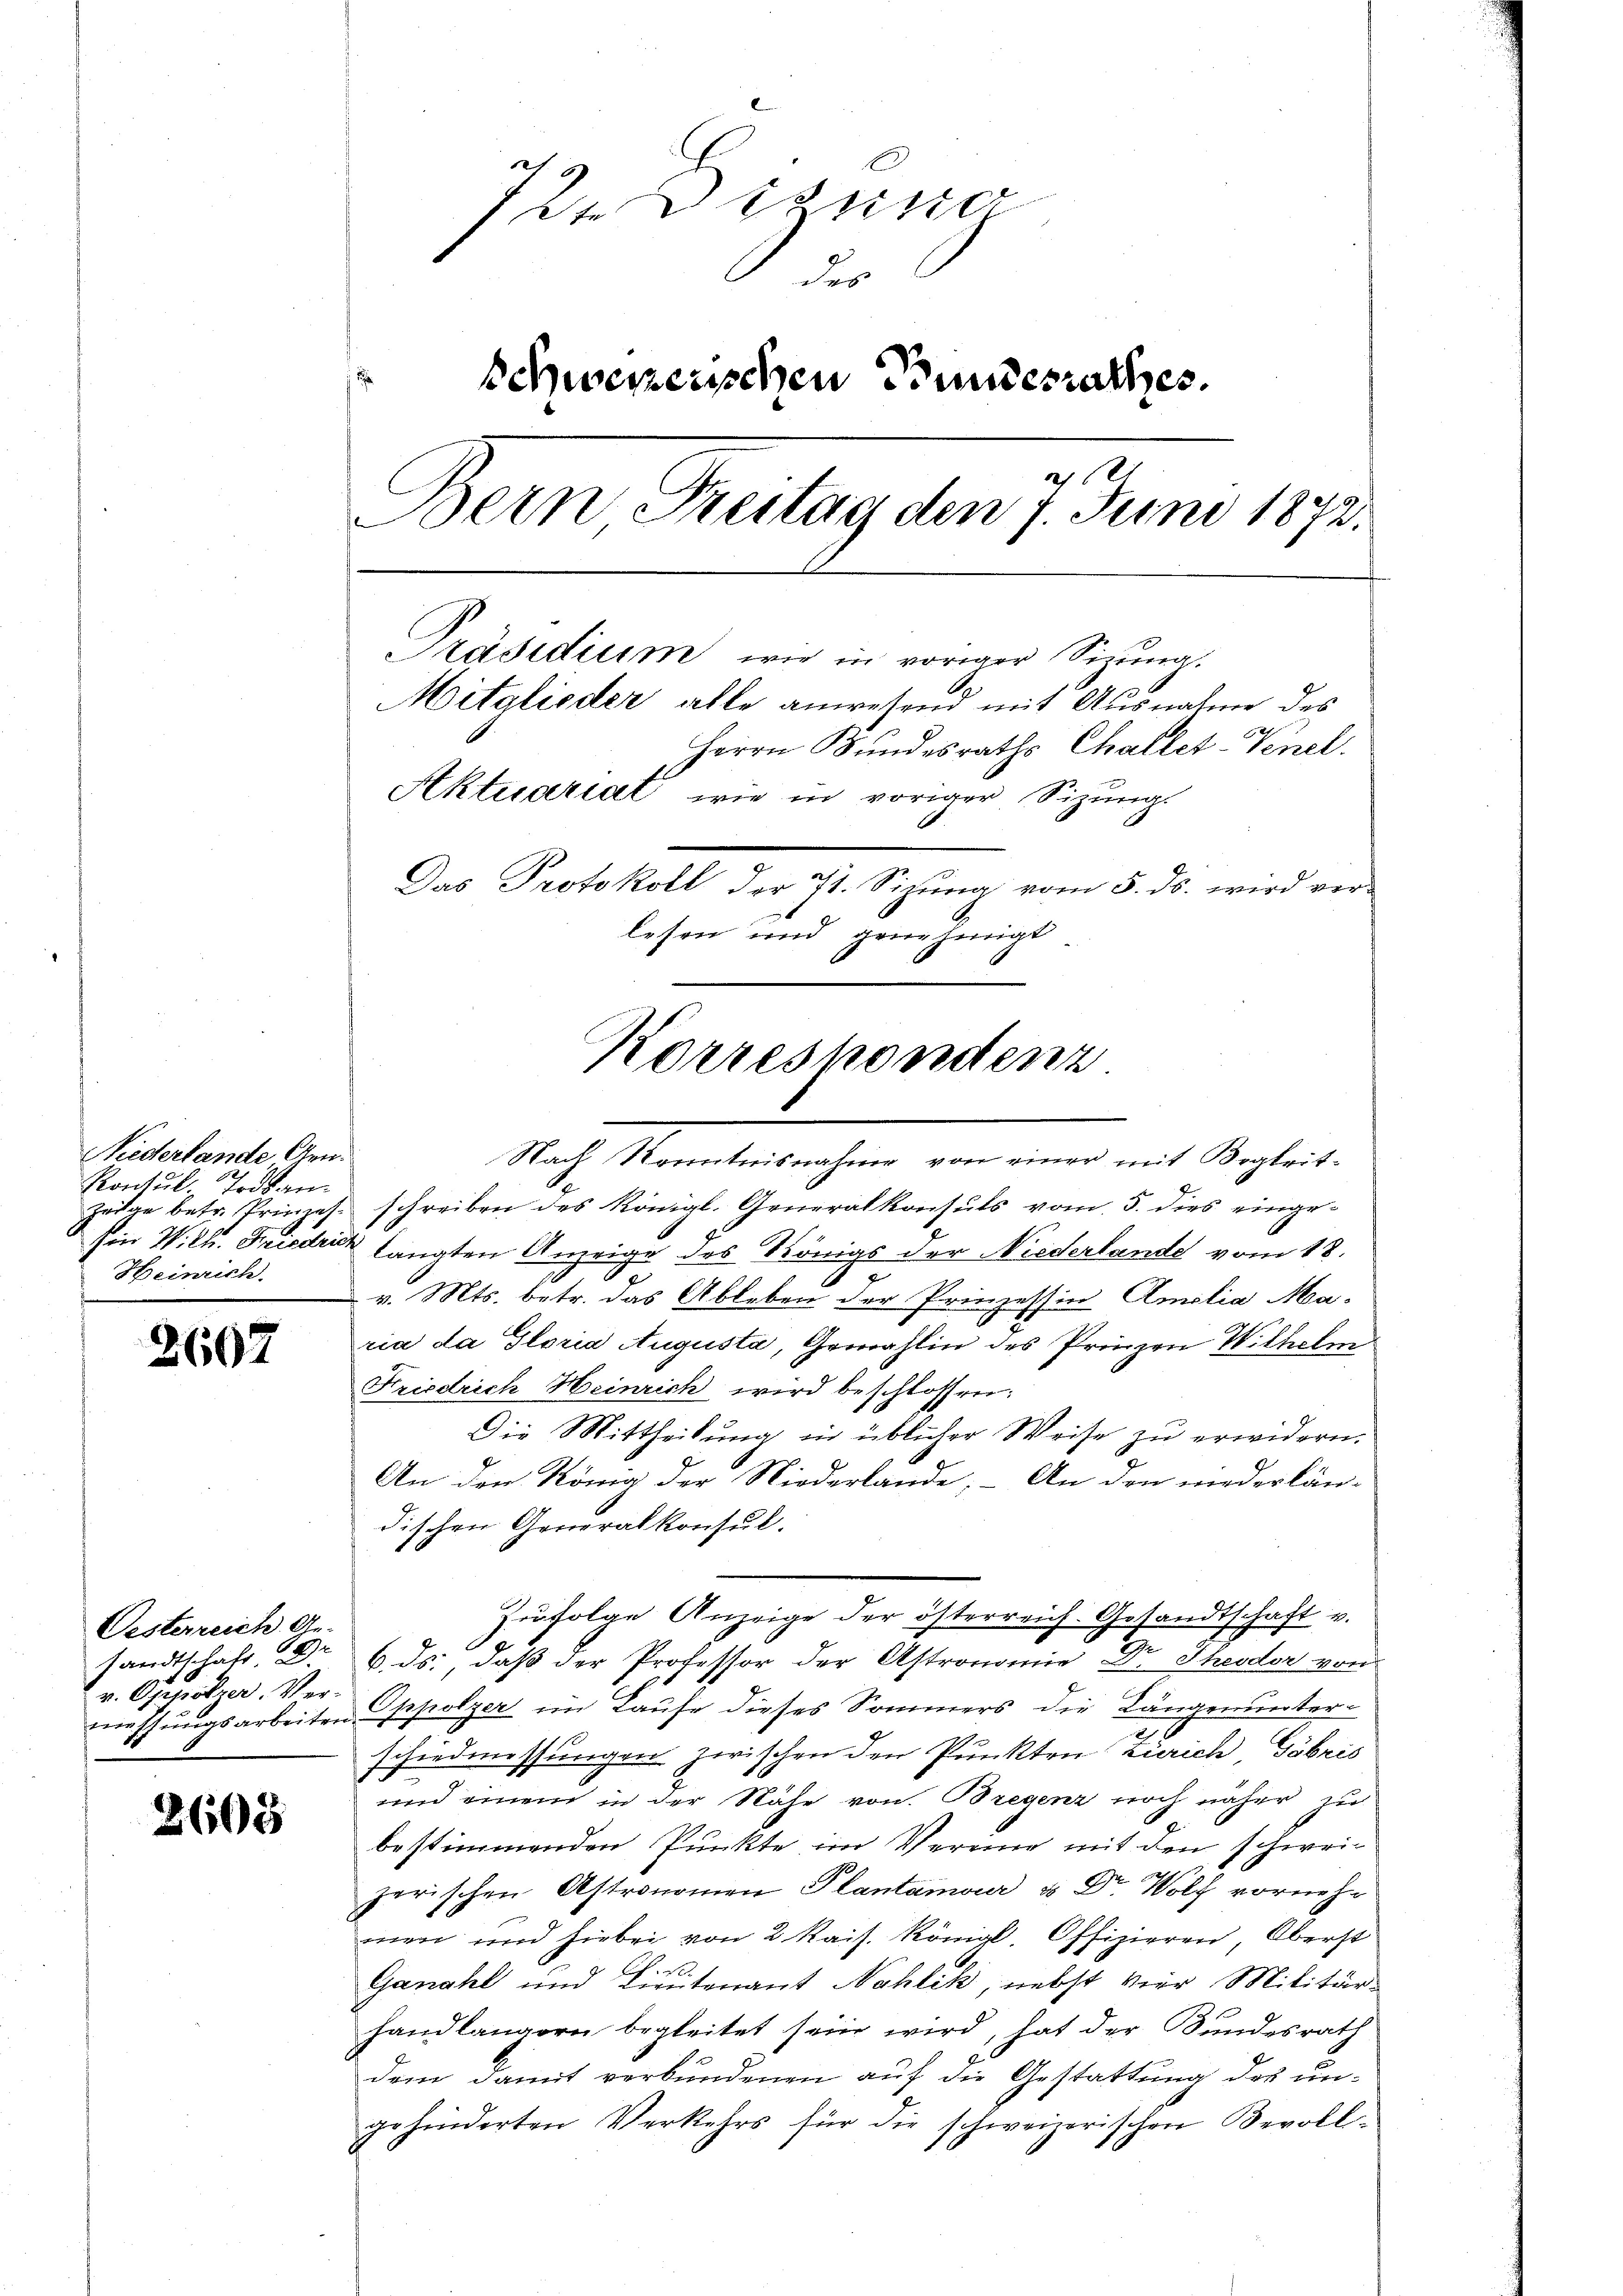
Niederlande Aen
Kontul Todesan
Zeige betr. Prinzes
hin W. Ch. Frieder
Heinrich.

2607

Oesterreich Ge-
sandtschaft er
v. Oppolzer. Vermassungsarbeiten

2608

72. Diseno
des
schweizerischen Priesrathes.
.
Bern Freitag den 7. Juni 1872.
Präsidium, wie in voriger Sizung.
Mitglieder alle anwesend mit Ausnahme des
Herrn Bundesraths Challet-Venel.
Aktuariat wie in voriger Sizung.
Das Protokoll der 7t. Sizung vom 5. ds. wird ver-
lesen und genehmigt
Korreskontenz

Nach Kenntnisnahme von einer mit Begleit-

schreiben des Königl. Generalkonsuls vom 5. dies einge-
langten Anzeige des Königs der Niederlande vom 18.
c
v. Mts. betr. das Ableben der Prinzessin Amalia Ma-
ria da Gloria Augusta, Gewählen des Prinzen Wilhelm
Friedrich Heinrich wird beschlossen:
Die Mittheilung in üblicher Weise zu erwidern.
An den König der Niederlande; – An den niederlän-
dischen Generalkonsul-
Oppolzer im Laufe dieses Sommers die Längenunter-
schiedmessungen zwischen den Punkten Zürich Gobris
und einem in der Nähe von Bregenz noch näher zu
bestimmenden Punkte im Vereine mit den schweizerischen Astronomen Plantamour u. Dr. Wolf vormehr
men und hiebei von 2 Kais. Königl. Offizieren, Oberst
Ganahl und Lieutenant Nahlik, nebst vier Militär-
handlängern begleitet sein wird, hat der Bundesrath
dem damit verbundenen auf die Gestattung des ungehinderten Verkehrs für die schweizerischen Bevoll-

Zufolge Anzeige der österreich. Gesandtschaft v.
6. ds., daß der Professor der Astronomie Dr. Theodor von